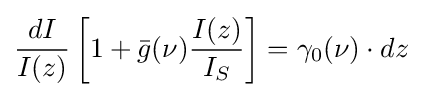
{dI \over I(z)}\left[1+{\bar {g}}(\nu ){I(z) \over I_{S}}\right]=\gamma _{0}(\nu )\cdot dz